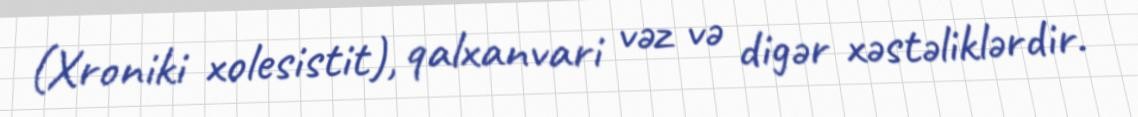
(Xroniki xolesistit), qalxanvari vəz və digər xəstəliklərdir.